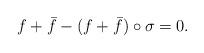
LaTeX: \begin{align*}f+ \bar{f}- (f + \bar{f}) \circ \sigma = 0.\end{align*}